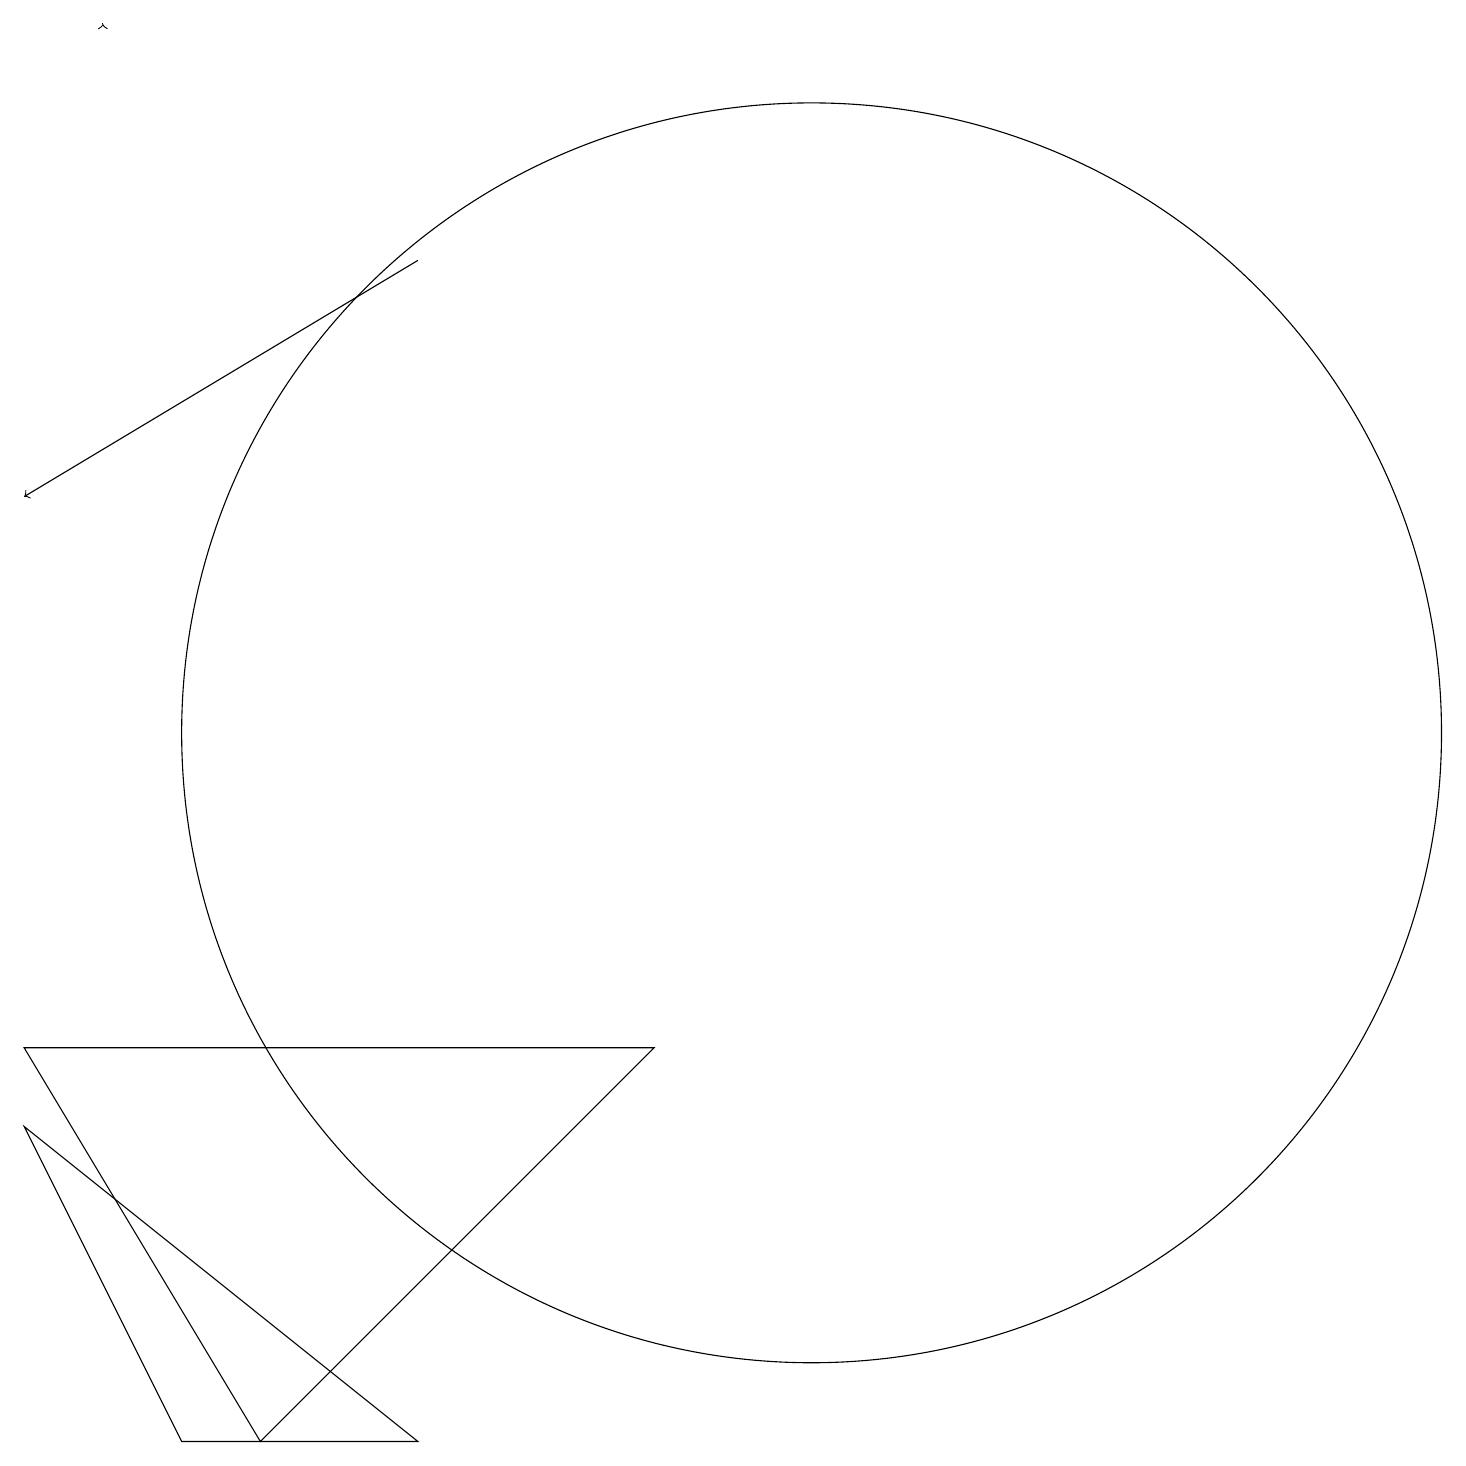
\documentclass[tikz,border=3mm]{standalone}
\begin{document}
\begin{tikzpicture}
\draw[->] (5,16) -- (0,13);
\draw (0,6) -- (8,6) -- (3,1) -- cycle;
\draw (10,10) circle (8);
\draw (5,1) -- (2,1) -- (0,5) -- cycle;
\draw[->] (1,19) -- (1,19);
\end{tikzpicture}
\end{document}